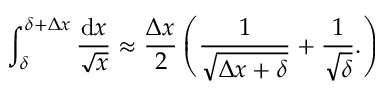
\int _ { \delta } ^ { \delta + \Delta x } \frac { \mathrm { d } x } { \sqrt { x } } \approx \frac { \Delta x } { 2 } \left( \frac { 1 } { \sqrt { \Delta x + \delta } } + \frac { 1 } { \sqrt { \delta } } . \right)